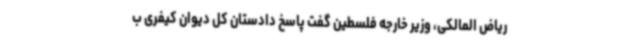
ریاض المالکی، وزیر خارجه فلسطین گفت پاسخ دادستان کل دیوان کیفری ب